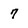
Character: 7